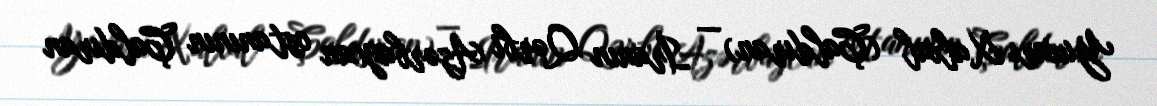
Yuxarı Xalxal (Çaldıran) — İranın Qərbi Azərbaycan ostanının Çaldıran